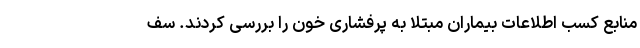
منابع کسب اطلاعات بیماران مبتلا به پرفشاری خون را بررسی کردند. سف